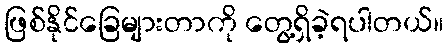
ဖြစ်နိုင်ခြေများတာကို တွေ့ရှိခဲ့ရပါတယ်။